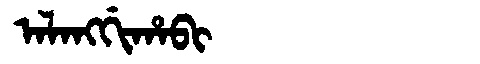
Manchu: ᠠᠯᠠᠩᡤᡳᡥᠠᠪᡳ
Romanization: ALANGGIHABI